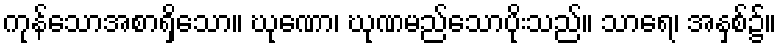
ကုန်သောအစာရှိသော။ ဃုဏော၊ ဃုဏမည်သောပိုးသည်။ သာရေ၊ အနှစ်၌။